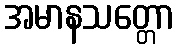
အမာနသတ္တော